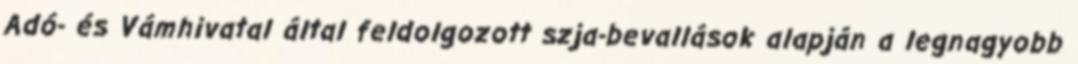
Adó- és Vámhivatal által feldolgozott szja-bevallások alapján a legnagyobb